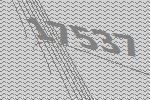
17537